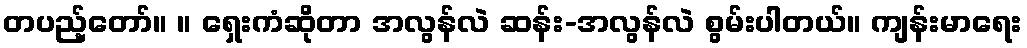
တပည့်တော်။ ။ ရှေးကံဆိုတာ အလွန်လဲ ဆန်း-အလွန်လဲ စွမ်းပါတယ်။ ကျန်းမာရေး